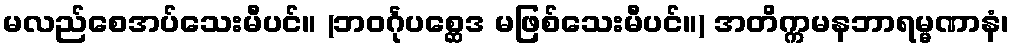
မလည်စေအပ်သေးမီပင်။ (ဘဝင်္ဂုပစ္ဆေဒ မဖြစ်သေးမီပင်။) အတိက္ကမနဘာရမ္မဏာနံ၊